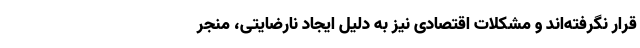
قرار نگرفته‌اند و مشکلات اقتصادی نیز به دلیل ایجاد نارضایتی، منجر